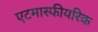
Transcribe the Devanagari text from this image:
एटमास्फीयरिक